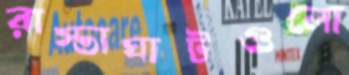
রাস্তাঘাটগুলো